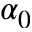
\alpha _ { 0 }